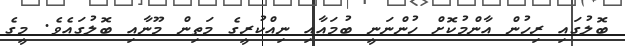
ބޮލުގައި ރިހުން އާންމުކޮށް ހުންނަނީ ބުމައާއި ނިއްކުރީގެ މަތިން މޫނާއި ބޮލުގައެވެ. މީގެ